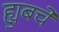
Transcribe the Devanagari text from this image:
ह्युबचे